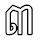
៣